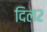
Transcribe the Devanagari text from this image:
दिल२